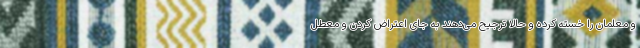
و معلمان را خسته کرده و حالا ترجیح می‌دهند به جای اعتراض کردن و معطل